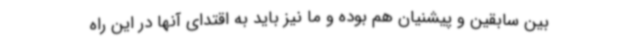
بین سابقین و پیشنیان هم بوده و ما نیز باید به اقتدای آنها در این راه